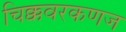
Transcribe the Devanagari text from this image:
चिक्कवरकणज